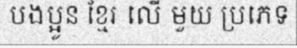
បងប្អូន ខ្មែរ លើ មួយ ប្រភេទ